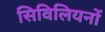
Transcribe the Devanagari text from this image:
सिविलियनों